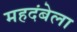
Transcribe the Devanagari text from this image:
महदंबेला